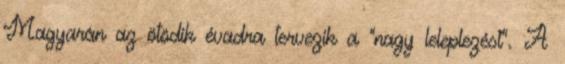
Magyarán az ötödik évadra tervezik a "nagy leleplezést". A